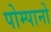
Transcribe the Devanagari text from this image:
पोम्पानो